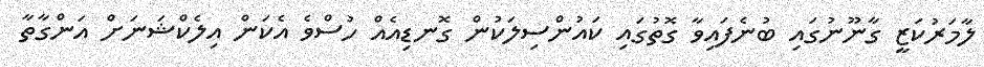
ލާމަރުކަޒީ ގާނޫނުގައި ބުނެފައިވާ ގޮތުގައި ކައުންސިލަކުން ގޮނޑިއެއް ހުސްވެ އެކަން އިލެކްޝަނަށް އަންގާތާ